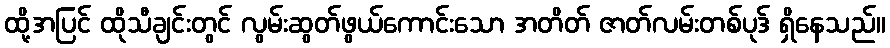
ထို့အပြင် ထိုသီချင်းတွင် လွမ်းဆွတ်ဖွယ်ကောင်းသော အတိတ် ဇာတ်လမ်းတစ်ပုဒ် ရှိနေသည်။